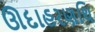
ઊદાહરણથિ